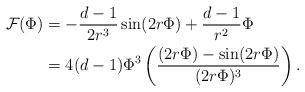
LaTeX: \begin{align*} \mathcal F(\Phi)&=-\frac{d-1}{2r^{3}}\sin(2r\Phi)+\frac{d-1}{r^{2}}\Phi\\ &=4(d-1)\Phi^3\left(\frac{(2r\Phi)-\sin(2r\Phi)}{(2r\Phi)^3}\right). \end{align*}